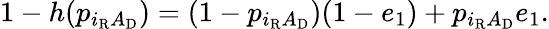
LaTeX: \begin{array}{r}{1-h(p_{i_{\mathrm{R}}A_{\mathrm{D}}})=(1-p_{i_{\mathrm{R}}A_{\mathrm{D}}})(1-e_{1})+p_{i_{\mathrm{R}}A_{\mathrm{D}}}e_{1}.}\end{array}